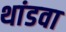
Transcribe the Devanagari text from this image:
थांडवा